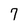
Character: 7